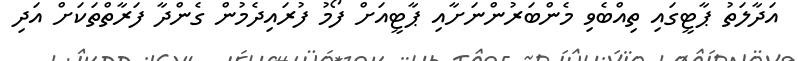
އަދާލަތު ޕާޓީގައި ތިއްބެވި މެންބަރުންނަށާއި ޕާޓީއަށް ފޯމު ފުރައިދެމުން ގެންދާ ފަރާތްތަކަށް އަދި